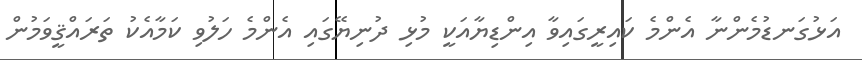
އަޅުގަނޑުމެންނާ އެންމެ ކައިރީގައިވާ އިންޑިޔާއަކީ މުޅި ދުނިޔޭގައި އެންމެ ހަލުވި ކަމާއެކު ތަރައްޤީވަމުން